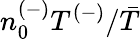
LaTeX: n_{0}^{(-)}T^{(-)}/\bar{T}